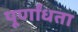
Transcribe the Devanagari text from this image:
पूर्णांधता